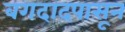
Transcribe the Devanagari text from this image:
बगदादपासून